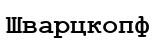
Шварцкопф